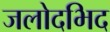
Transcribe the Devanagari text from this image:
जलोदभिद